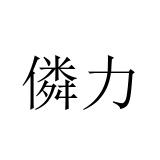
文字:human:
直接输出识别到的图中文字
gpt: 僯力